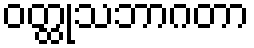
ဝတ္ထုသဘာဂတာ